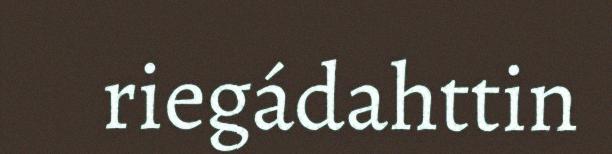
riegádahttin